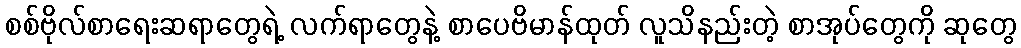
စစ်ဗိုလ်စာရေးဆရာတွေရဲ့ လက်ရာတွေနဲ့ စာပေဗိမာန်ထုတ် လူသိနည်းတဲ့ စာအုပ်တွေကို ဆုတွေ